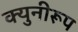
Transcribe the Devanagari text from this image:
क्युनीरूप